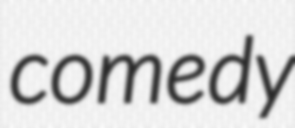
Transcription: comedy